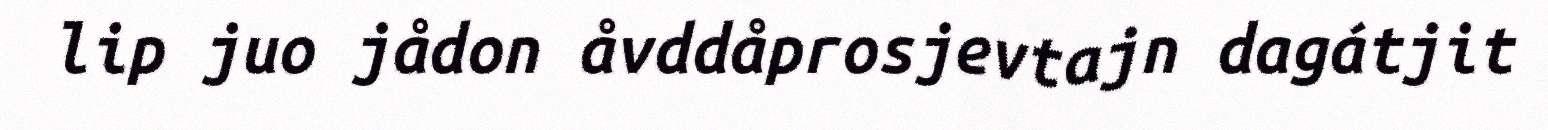
lip juo jådon åvddåprosjevtajn dagátjit